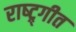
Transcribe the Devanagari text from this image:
राष्ट्र्गीत